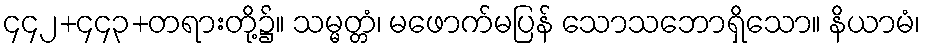
၄၄၂+၄၄၃+တရားတို့၌။ သမ္မတ္တံ၊ မဖောက်မပြန် သောသဘောရှိသော။ နိယာမံ၊